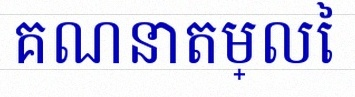
គណនាតម្លៃ